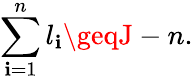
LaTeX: \sum_{\mathbf{i}=1}^{n}l_{\mathbf{i}}\geqJ-n.